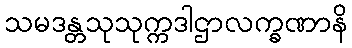
သမဒန္တသုသုက္ကဒါဌာလက္ခဏာနိ